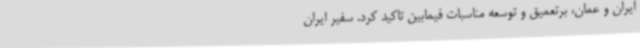
ایران و عمان، برتعمیق و توسعه مناسبات فیمابین تاکید کرد. سفیر ایران